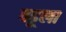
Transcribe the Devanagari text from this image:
वढूला